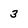
Character: 3